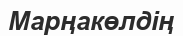
Марңакөлдің